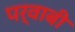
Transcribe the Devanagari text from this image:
पर्वाबी